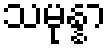
သမုန္နာ